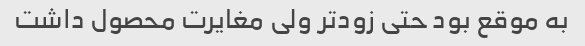
به موقع بود حتی زودتر ولی مغایرت محصول داشت